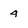
Character: 4